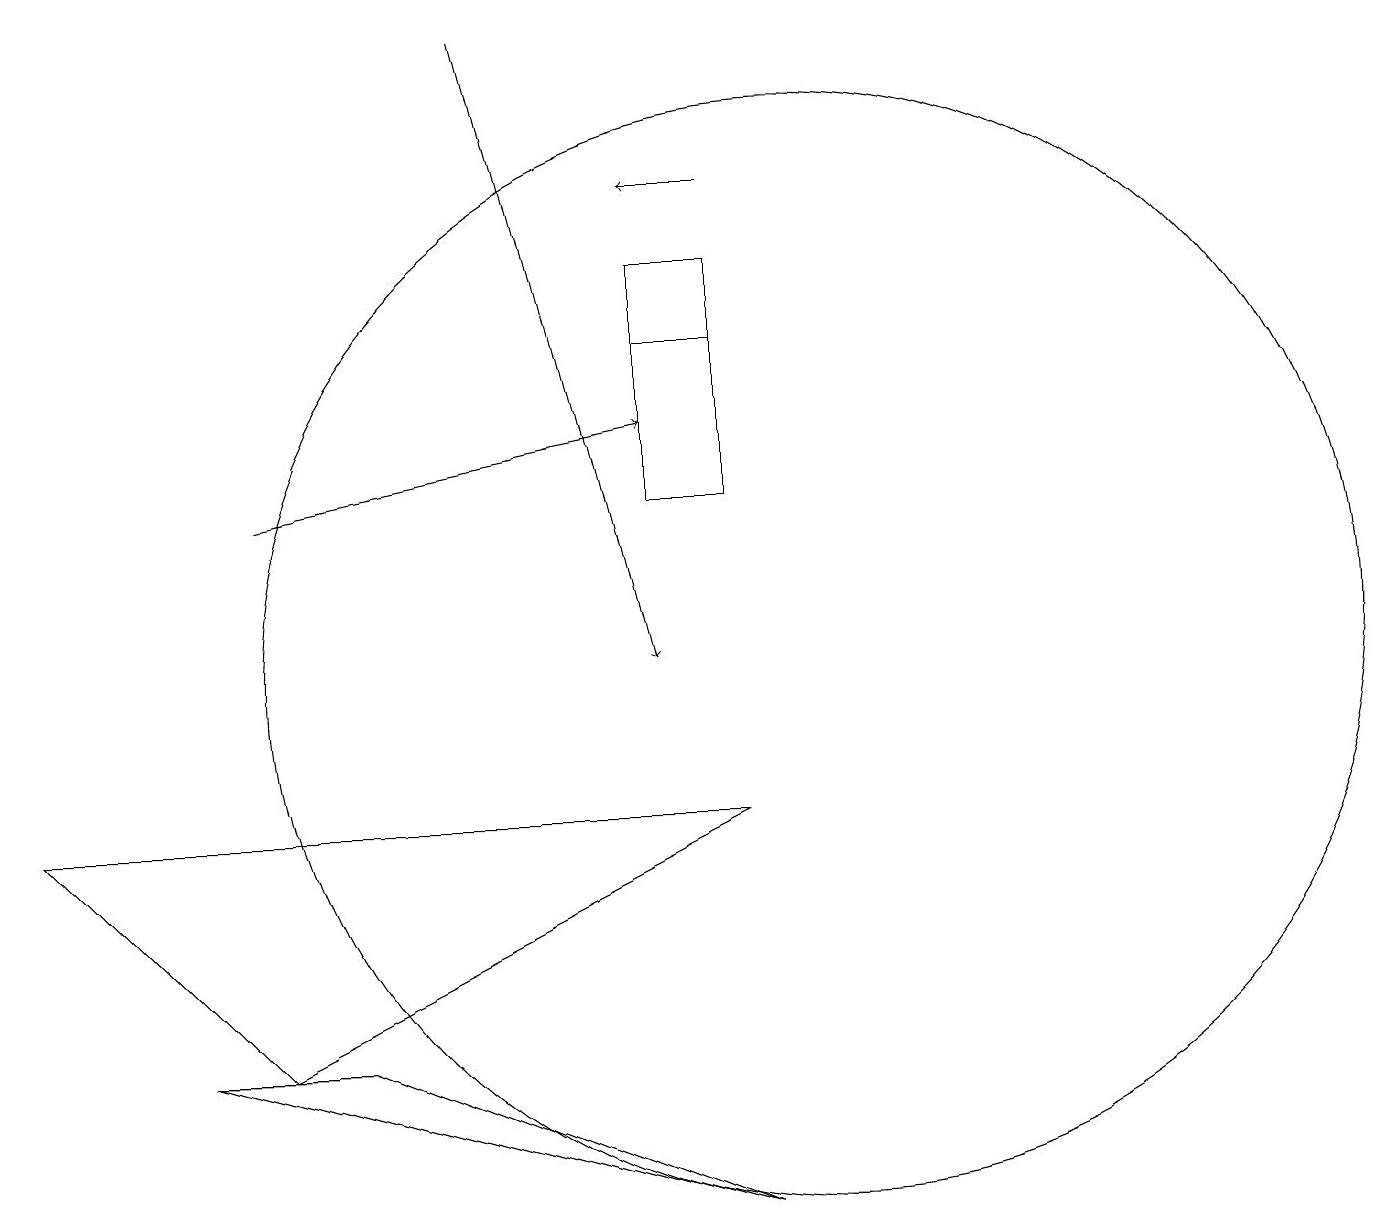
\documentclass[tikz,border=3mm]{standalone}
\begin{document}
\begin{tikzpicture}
\draw (10,10) circle (7);
\draw (9,14) rectangle (8,14);
\draw[->] (9,16) -- (8,16);
\draw (8,12) rectangle (9,15);
\draw (9,3) -- (2,5) -- (4,5) -- cycle;
\draw[->] (3,12) -- (8,13);
\draw[->] (6,18) -- (8,10);
\draw (3,5) -- (9,8) -- (0,8) -- cycle;
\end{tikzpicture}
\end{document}